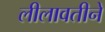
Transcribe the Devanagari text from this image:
लीलावतीने